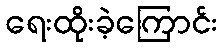
ရေးထိုးခဲ့ကြောင်း